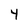
Character: Y